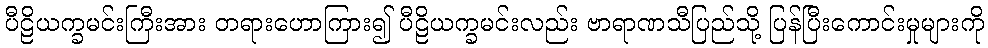
ပီဠိယက္ခမင်းကြီးအား တရားဟောကြား၍ ပီဠိယက္ခမင်းလည်း ဗာရာဏသီပြည်သို့ ပြန်ပြီးကောင်းမှုများကို